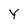
Character: Y